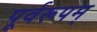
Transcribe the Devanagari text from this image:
पूर्वरूपम्